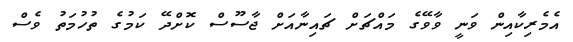
އެމެރިކާއިން ވަނީ ވާވޭގެ މައްޗަށް ޗައިނާއަށް ޖާސޫސް ކޮށްދޭ ކަމުގެ ތުހުމަތު ވެސް